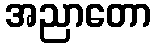
အညာတော